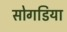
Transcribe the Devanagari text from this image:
सोगडिया